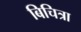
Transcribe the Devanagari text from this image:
बिचित्रा